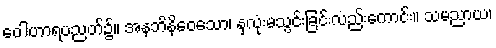
ဝေါဟာရပညတ်၌။ အနဘိနိဝေသော၊ နှလုံးမသွင်းခြင်းလည်းကောင်း။ သမညာယ၊